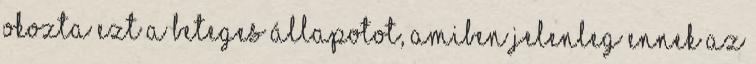
okozta ezt a beteges állapotot, amiben jelenleg ennek az